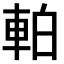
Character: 𫏴